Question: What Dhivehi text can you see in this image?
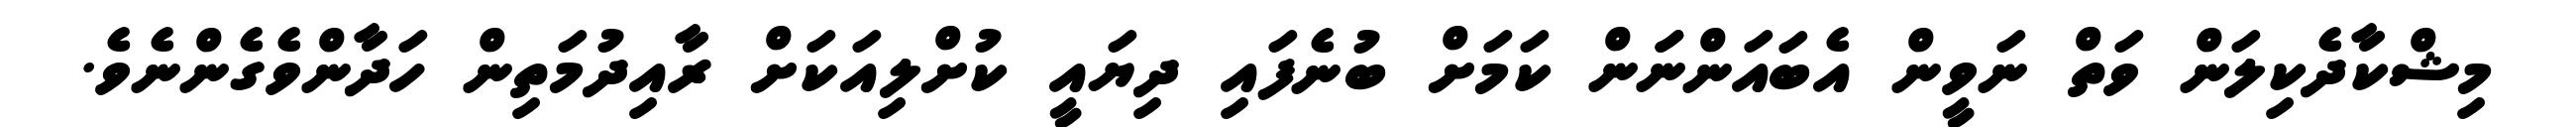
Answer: މިޝްކާދެކިލަން ވަތް ނަވީން އެބައަންނަަން ކަމަށް ބުނެފައި ދިޔައީ ކުށްލިއަކަށް ރާއިދުމަތިން ހަދާންވެގެންނެވެ.